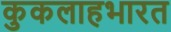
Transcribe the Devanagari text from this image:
कुकलाहभारत